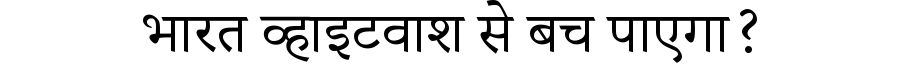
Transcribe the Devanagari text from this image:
भारत व्हाइटवाश से बच पाएगा?